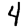
Digit: 4